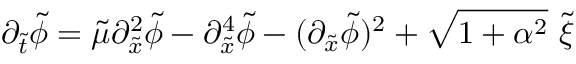
\partial _ { \tilde { t } } \tilde { \phi } = \tilde { \mu } \partial _ { \tilde { x } } ^ { 2 } \tilde { \phi } - \partial _ { \tilde { x } } ^ { 4 } \tilde { \phi } - ( \partial _ { \tilde { x } } \tilde { \phi } ) ^ { 2 } + \sqrt { 1 + \alpha ^ { 2 } } \ \tilde { \xi }